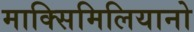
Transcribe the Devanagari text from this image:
माक्सिमिलियानो